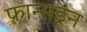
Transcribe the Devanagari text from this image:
फ्रान्सडून